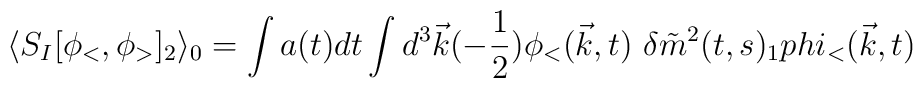
\langle S_I[\phi_<,\phi_> ]_2 \rangle _0= \int a(t)dt \int d^3 \vec{k} (-\frac{1}{2})\phi_<(\vec{k},t) \ \delta \tilde{m}^2(t,s)_1 \\phi_<(\vec{k},t)